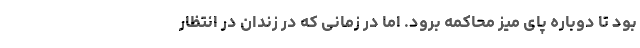
بود تا دوباره پای میز محاکمه برود. اما در زمانی که در زندان در انتظار